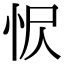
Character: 𢘧